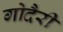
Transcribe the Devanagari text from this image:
गोदैरी